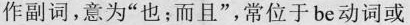
作副词,意为"也;而且",常位于be动词或